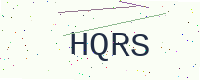
Text: HQRS